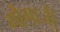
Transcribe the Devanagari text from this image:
गौगाजी